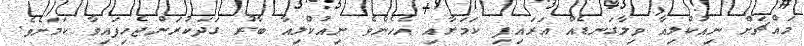
މައްޗަށް ނިއުކްލިއާ ވިލާގަނޑެއް އަރައިފި ކަމަށާއި އެހެންވެ ނިއުކްލިއާ ބާރު ގަދަކުރަންޖެހިފައިވާ ކަމަށެވެ.